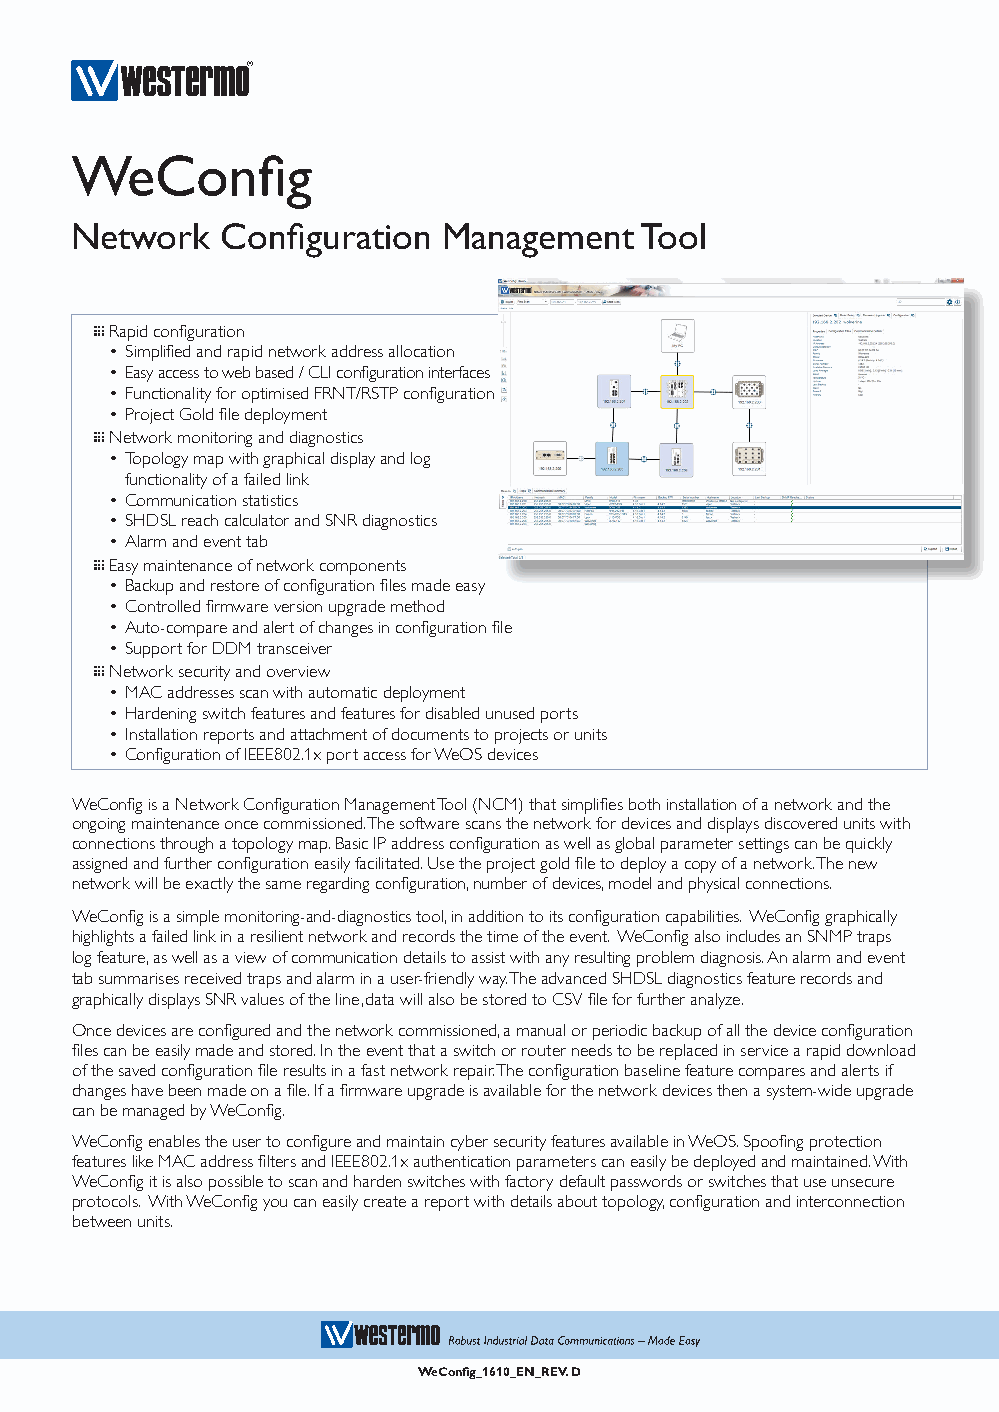
WeConfig
 Network   Configuration Management   Tool
 … Rapid configuration
 • Simplified and rapid network address allocation
 • Easy access to web based / CLI configuration interfaces
 • Functionality for optimised FRNT/RSTP configuration
 • Project Gold file deployment
 … Network monitoring and diagnostics
 • Topology map with graphical display and log
 functionality of a failed link
 • Communication statistics
 • SHDSL reach calculator and SNR diagnostics
 • Alarm and event tab
 … Easy maintenance of network components
 • Backup and restore of configuration files made easy
 • Controlled firmware version upgrade method
 • Auto-compare and alert of changes in configuration file
 • Support for DDM transceiver
 … Network security and overview
 • MAC addresses scan with automatic deployment
 • Hardening switch features and features for disabled unused ports
 • Installation reports and attachment of documents to projects or units
 • Configuration of IEEE802.1x port access for WeOS devices
 WeConfig is a Network Configuration Management Tool (NCM) that simplifies both installation of a network and the
 ongoing maintenance once commissioned. The software scans the network for devices and displays discovered units with
 connections through a topology map. Basic IP address configuration as well as global parameter settings can be quickly
 assigned and further configuration easily facilitated. Use the project gold file to deploy a copy of a network. The new
 network will be exactly the same regarding configuration, number of devices, model and physical connections.
 WeConfig is a simple monitoring-and-diagnostics tool, in addition to its configuration capabilities. WeConfig graphically
 highlights a failed link in a resilient network and records the time of the event. WeConfig also includes an SNMP traps
 log feature, as well as a view of communication details to assist with any resulting problem diagnosis. An alarm and event
 tab summarises received traps and alarm in a user-friendly way. The advanced SHDSL diagnostics feature records and
 graphically displays SNR values of the line, data will also be stored to CSV file for further analyze.
 Once devices are configured and the network commissioned, a manual or periodic backup of all the device configuration
 files can be easily made and stored. In the event that a switch or router needs to be replaced in service a rapid download
 of the saved configuration file results in a fast network repair. The configuration baseline feature compares and alerts if
 changes have been made on a file. If a firmware upgrade is available for the network devices then a system-wide upgrade
 can be managed by WeConfig.
 WeConfig enables the user to configure and maintain cyber security features available in WeOS. Spoofing protection
 features like MAC address filters and IEEE802.1x authentication parameters can easily be deployed and maintained. With
 WeConfig it is also possible to scan and harden switches with factory default passwords or switches that use unsecure
 protocols. With WeConfig you can easily create a report with details about topology, configuration and interconnection
 between units.
 WeConfig_1610_EN_REV. D